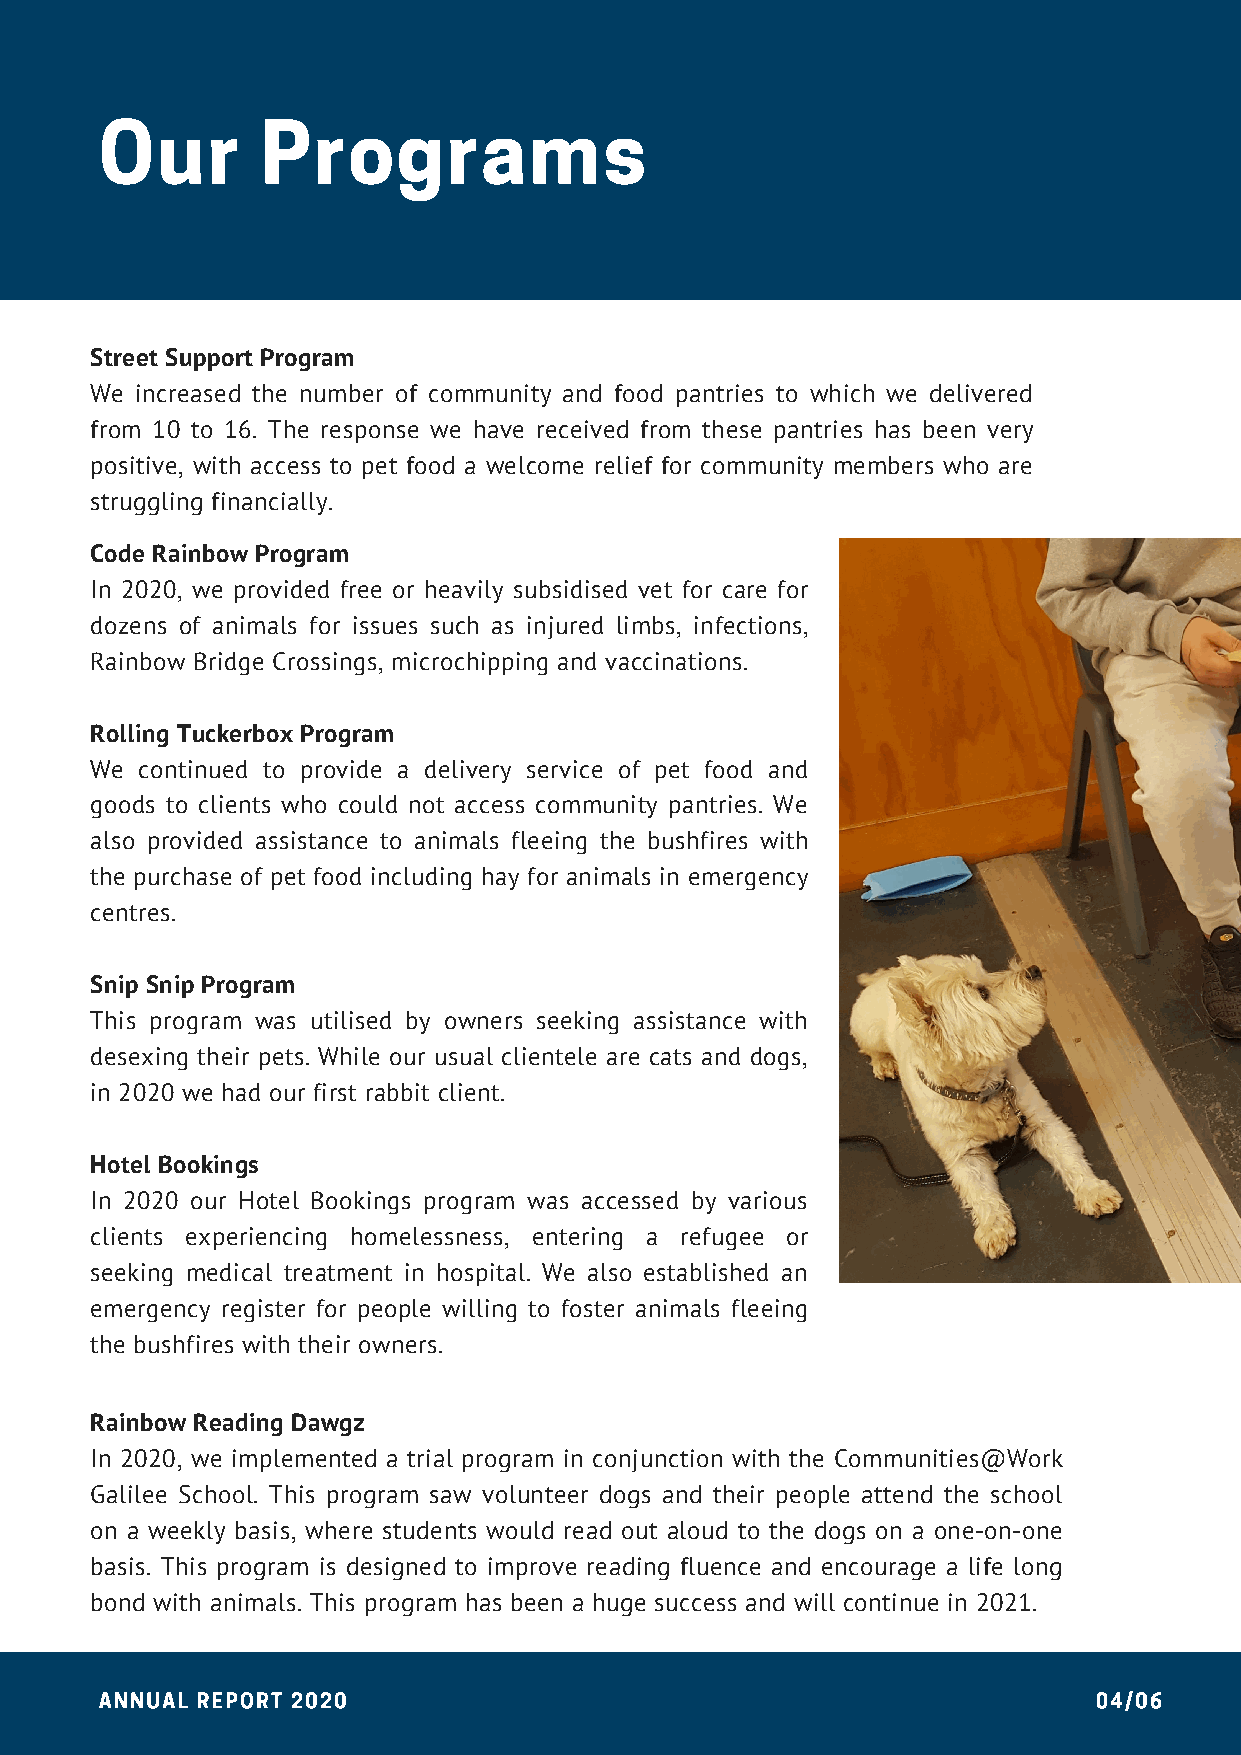
Our       Programs
 Street Support Program
 We increased the number of community and food pantries to which we delivered
 from 10 to 16. The response we have received from these pantries has been very
 positive, with access to pet food a welcome relief for community members who are
 struggling financially.
 Code Rainbow Program
 In 2020, we provided free or heavily subsidised vet for care for
 dozens of animals for issues such as injured limbs, infections,
 Rainbow Bridge Crossings, microchipping and vaccinations.
 Rolling Tuckerbox Program
 We continued to provide a delivery service of pet food and
 goods to clients who could not access community pantries. We
 also provided assistance to animals fleeing the bushfires with
 the purchase of pet food including hay for animals in emergency
 centres.
 Snip Snip Program
 This program was utilised by owners seeking assistance with
 desexing their pets. While our usual clientele are cats and dogs,
 in 2020 we had our first rabbit client.
 Hotel Bookings
 In 2020 our Hotel Bookings program was accessed by various
 clients experiencing homelessness, entering a refugee or
 seeking medical treatment in hospital. We also established an
 emergency register for people willing to foster animals fleeing
 the bushfires with their owners.
 Rainbow Reading Dawgz
 In 2020, we implemented a trial program in conjunction with the Communities@Work
 Galilee School. This program saw volunteer dogs and their people attend the school
 on a weekly basis, where students would read out aloud to the dogs on a one-on-one
 basis. This program is designed to improve reading fluence and encourage a life long
 bond with animals. This program has been a huge success and will continue in 2021.
 ANNUAL REPORT 2020                                                04/06